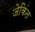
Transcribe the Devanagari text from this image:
जेकिंत